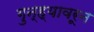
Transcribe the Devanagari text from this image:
गुन्ह्यावरून